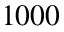
1 0 0 0